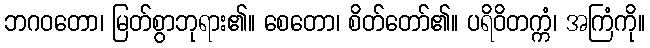
ဘဂဝတော၊ မြတ်စွာဘုရား၏။ စေတော၊ စိတ်တော်၏။ ပရိဝိတက္ကံ၊ အကြံကို။